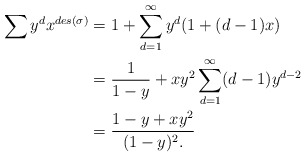
\begin{align*}\sum\nolimits y^dx^{des(\sigma)} &= 1 + \sum\limits_{d=1}^\infty y^d(1+(d-1)x)\\&= \frac{1}{1-y} + xy^2\sum\limits_{d=1}^\infty (d-1)y^{d-2}\\&= \frac{1-y+xy^2}{(1-y)^2.}\end{align*}